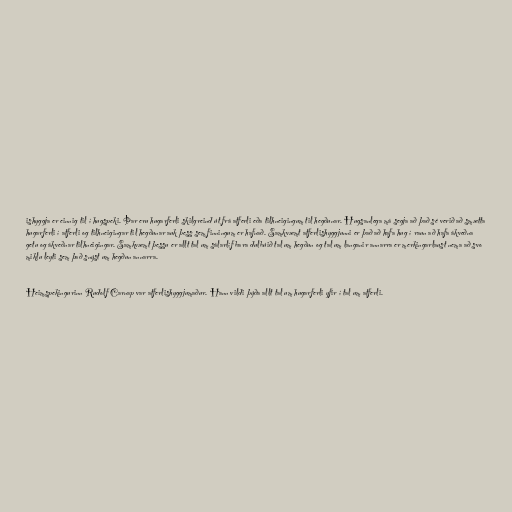
ishyggja er einnig til í hugspeki. Þar eru hugarferli skilgreind út frá atferli eða tilhneigingum til hegðunar. Hugsanlega má segja að það sé verið að smætta
hugarferli í atferli og tilhneigingar til hegðunar auk þess sem finningum er hafnað. Samkvæmt atferlishyggjunni er það að hafa hug í raun að hafa ákveðna
getu og ákveðnar tilhneigingar. Samkvæmt þessu er allt tal um sálarlíf bara dulbúið tal um hegðun og tal um langanir annarra er merkingarlaust nema að svo
miklu leyti sem það snýst um hegðun annarra.

Heimspekingurinn Rudolf Carnap var atferlishyggjumaður. Hann vildi þýða allt tal um hugarferli yfir í tal um atferli.